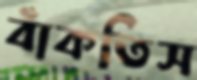
বাঁকতিস